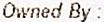
OWNED BY :